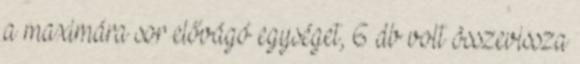
a maximára sor elővágó egységet, 6 db volt összevissza